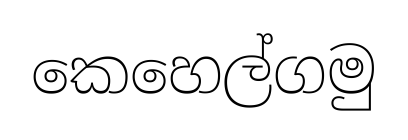
කෙහෙල්ගමු